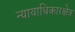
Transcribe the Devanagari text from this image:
न्यायाधिकारक्षेत्र